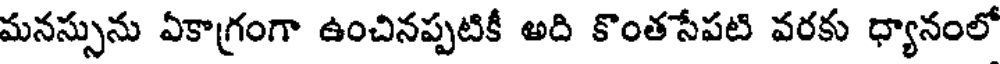
మనస్సును ఏకాగ్రంగా ఉంచినప్పటికీ అది కొంతసేపటి వరకు ధ్యానంలో